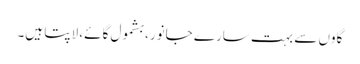
گاوں سے بہت سارے جانور، بشمول گائے، لاپتا ہیں۔